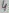
Text: 4